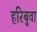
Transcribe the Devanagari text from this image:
हरिबुवा